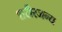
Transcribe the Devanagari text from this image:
शरीरजन्य